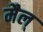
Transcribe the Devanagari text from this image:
मैल्